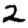
Digit: 2